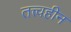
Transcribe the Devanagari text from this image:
तत्त्वहीन